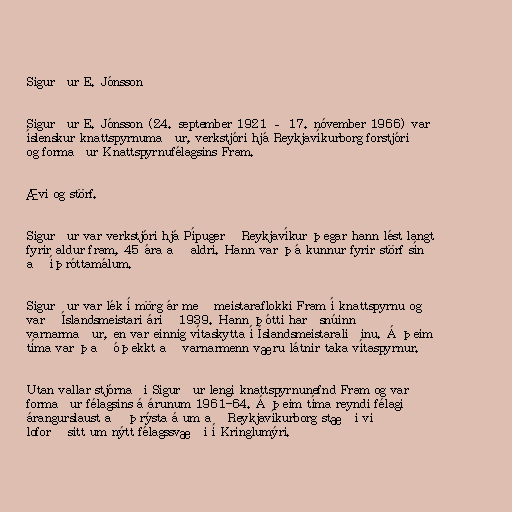
Sigurður E. Jónsson

Sigurður E. Jónsson (24. september 1921 – 17. nóvember 1966) var
íslenskur knattspyrnumaður, verkstjóri hjá Reykjavíkurborg forstjóri
og formaður Knattspyrnufélagsins Fram.

Ævi og störf.

Sigurður var verkstjóri hjá Pípugerð Reykjavíkur þegar hann lést langt
fyrir aldur fram, 45 ára að aldri. Hann var þá kunnur fyrir störf sín
að íþróttamálum.

Sigurður var lék í mörg ár með meistaraflokki Fram í knattspyrnu og
varð Íslandsmeistari árið 1939. Hann þótti harðsnúinn
varnarmaður, en var einnig vítaskytta í Íslandsmeistaraliðinu. Á þeim
tíma var það óþekkt að varnarmenn væru látnir taka vítaspyrnur.

Utan vallar stjórnaði Sigurður lengi knattspyrnunefnd Fram og var
formaður félagsins á árunum 1961-64. Á þeim tíma reyndi félagið
árangurslaust að þrýsta á um að Reykjavíkurborg stæði við
loforð sitt um nýtt félagssvæði í Kringlumýri.